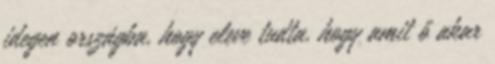
idegen országba, hogy eleve tudta, hogy amit ő akar